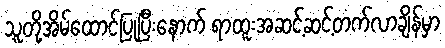
သူတို့အိမ်ထောင်ပြုပြီးနောက် ရာထူးအဆင့်ဆင့်တက်လာချိန်မှာ